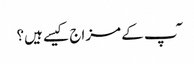
ٓپ کے مزاج کیسے ہیں؟